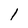
Character: 1